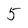
Character: 5